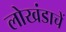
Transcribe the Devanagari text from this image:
लोखंडाचें